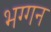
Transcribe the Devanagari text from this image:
भग्गन